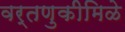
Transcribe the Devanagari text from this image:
वर्तणुकीमिळे